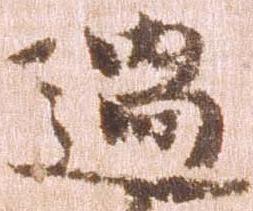
過